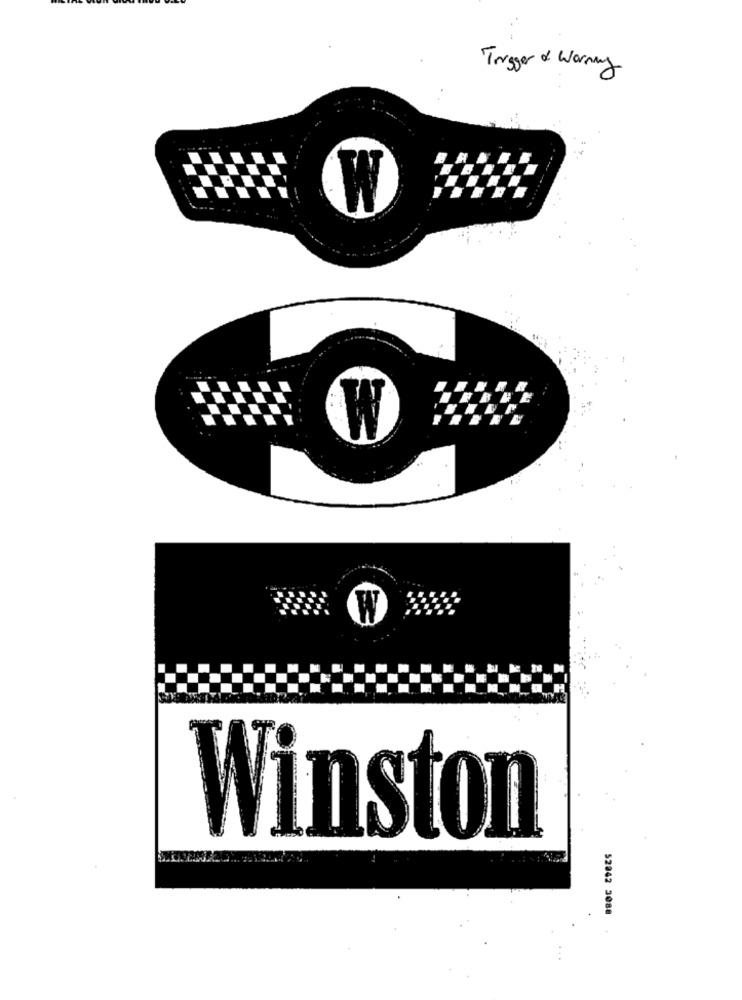
Trigger & Warning
®
Winston
52042 3088